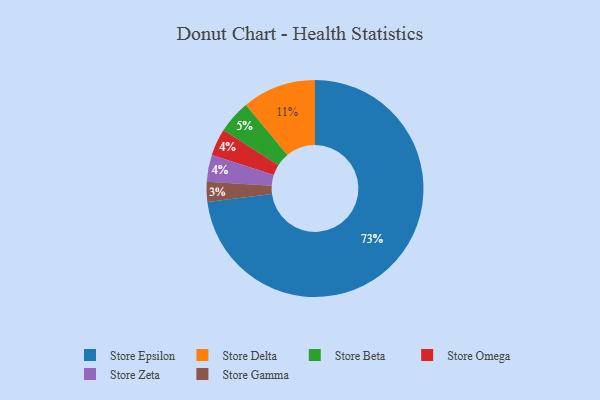
{"axis": {"x": "Category", "y": "Percentage"}, "legend": ["Store Beta", "Store Delta", "Store Epsilon", "Store Gamma", "Store Omega", "Store Zeta"], "data": [{"x": "Store Omega", "y": 4, "type": "Store Omega"}, {"x": "Store Gamma", "y": 3, "type": "Store Gamma"}, {"x": "Store Beta", "y": 5, "type": "Store Beta"}, {"x": "Store Zeta", "y": 4, "type": "Store Zeta"}, {"x": "Store Epsilon", "y": 73, "type": "Store Epsilon"}, {"x": "Store Delta", "y": 11, "type": "Store Delta"}]}